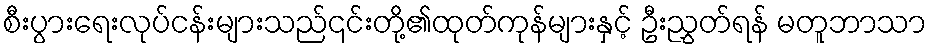
စီးပွားရေးလုပ်ငန်းများသည်၎င်းတို့၏ထုတ်ကုန်များနှင့် ဦးညွှတ်ရန် မတူဘာသာ